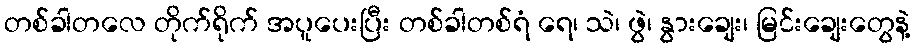
တစ်ခါတလေ တိုက်ရိုက် အပူပေးပြီး တစ်ခါတစ်ရံ ရေ၊ သဲ၊ ဖွဲ၊ နွားချေး၊ မြင်းချေးတွေနဲ့